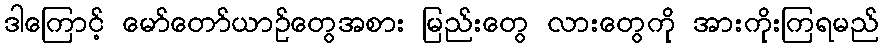
ဒါကြောင့် မော်တော်ယာဉ်တွေအစား မြည်းတွေ လားတွေကို အားကိုးကြရမည်